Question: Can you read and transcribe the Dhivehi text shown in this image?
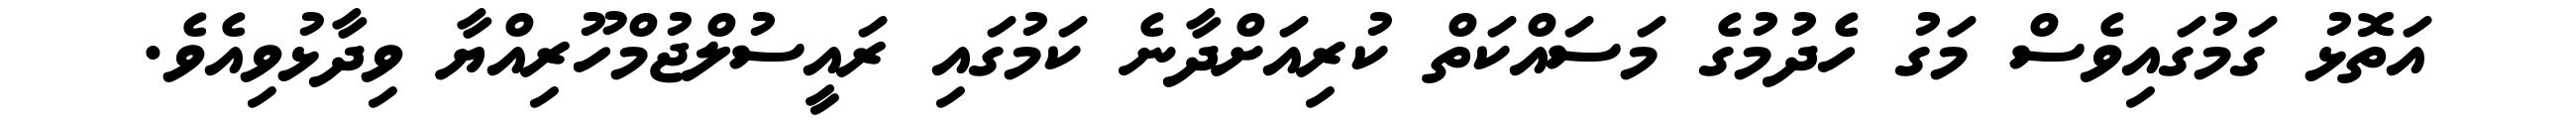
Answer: އަތޮޅު ގަމުގައިވެސް މަގު ހެދުމުގެ މަސައްކަތް ކުރިއަށްދާނެ ކަމުގައި ރައީސުލްޖުމްހޫރިއްޔާ ވިދާޅުވިއެވެ.